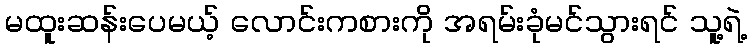
မထူးဆန်းပေမယ့် လောင်းကစားကို အရမ်းခုံမင်သွားရင် သူ့ရဲ့